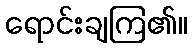
ရောင်းချကြ၏။